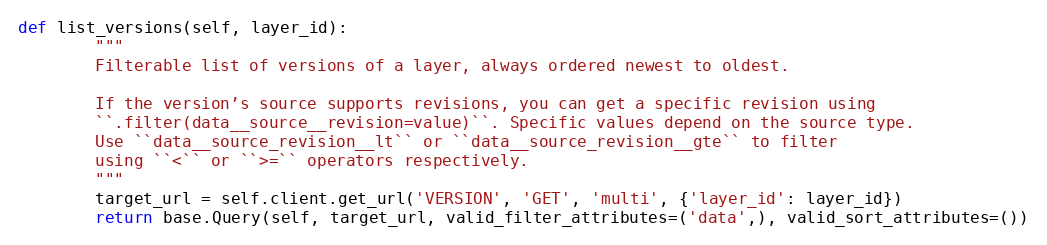
Language: Python
def list_versions(self, layer_id):
        """
        Filterable list of versions of a layer, always ordered newest to oldest.

        If the version’s source supports revisions, you can get a specific revision using
        ``.filter(data__source__revision=value)``. Specific values depend on the source type.
        Use ``data__source_revision__lt`` or ``data__source_revision__gte`` to filter
        using ``<`` or ``>=`` operators respectively.
        """
        target_url = self.client.get_url('VERSION', 'GET', 'multi', {'layer_id': layer_id})
        return base.Query(self, target_url, valid_filter_attributes=('data',), valid_sort_attributes=())